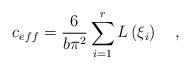
LaTeX: \begin{align*}c_{eff}=\frac{6}{b\pi ^{2}}\sum\limits_{i=1}^{r}L\left( \xi _{i}\right)\quad , \end{align*}